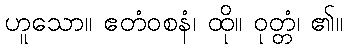
ဟူသော။ ဧတံဝစနံ၊ ထို။ ဝုတ္တံ၊ ၏။